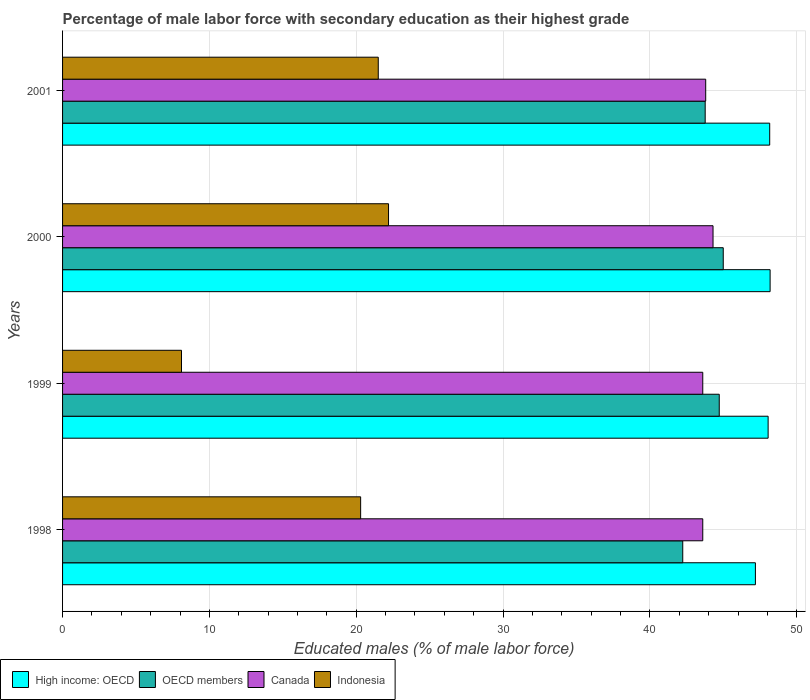
| Years | High income: OECD | OECD members | Canada | Indonesia |
 | --- | --- | --- | --- | --- |
 | 1998 | 47.2 | 42.2 | 43.6 | 20.3 |
 | 1999 | 48.1 | 44.7 | 43.6 | 8.1 |
 | 2000 | 48.2 | 45 | 44.3 | 22.2 |
 | 2001 | 48.2 | 43.8 | 43.8 | 21.5 |